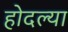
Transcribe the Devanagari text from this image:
होदल्या